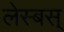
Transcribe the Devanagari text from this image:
लेस्बस्